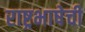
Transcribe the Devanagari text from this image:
राष्ट्रभाषेची